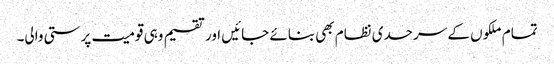
تمام ملکوں کے سرحدی نظام بھی بنائے جائیں اور تقسیم وہی قومیت پرستی والی۔